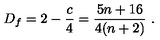
D _ { f } = 2 - { \frac { c } { 4 } } = { \frac { 5 n + 1 6 } { 4 ( n + 2 ) } } \ .